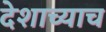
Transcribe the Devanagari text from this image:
देशाच्याच